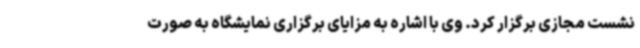
نشست مجازی برگزار کرد. وی با اشاره به مزایای برگزاری نمایشگاه به صورت